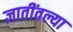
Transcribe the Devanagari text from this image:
ज्ञातींतल्या